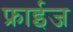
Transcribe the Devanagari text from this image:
फ्राईज